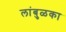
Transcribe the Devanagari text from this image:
लांबुळका